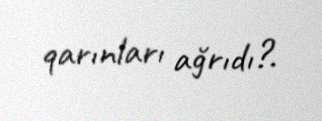
qarınları ağrıdı?.